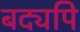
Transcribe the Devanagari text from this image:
बद्यपि